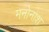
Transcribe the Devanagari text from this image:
मनोनाश